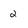
Character: 2